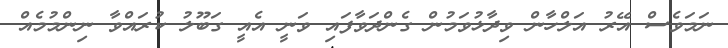
ނަމަވެސް އޭރު އަލްހާން ވިދާޅުވަމުން ގެންދަވާފައި ވަނީ އެއީ ގަބޫލު ކުރައްވާ ނިންމުމެއް